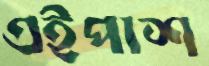
এইপাশ